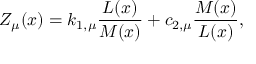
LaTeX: Z _ { \mu } ( x ) = k _ { 1 , \mu } \frac { L ( x ) } { M ( x ) } + c _ { 2 , \mu } \frac { M ( x ) } { L ( x ) } ,